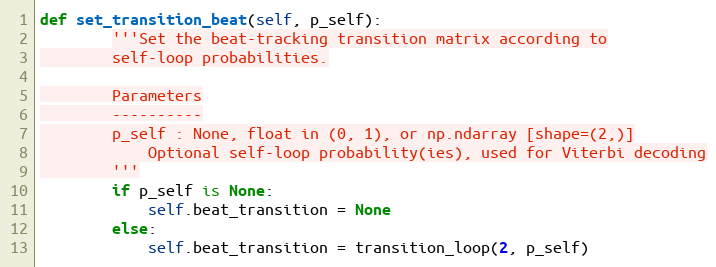
Language: Python
def set_transition_beat(self, p_self):
        '''Set the beat-tracking transition matrix according to
        self-loop probabilities.

        Parameters
        ----------
        p_self : None, float in (0, 1), or np.ndarray [shape=(2,)]
            Optional self-loop probability(ies), used for Viterbi decoding
        '''
        if p_self is None:
            self.beat_transition = None
        else:
            self.beat_transition = transition_loop(2, p_self)